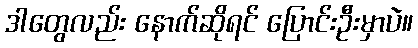
ဒါတွေလည်း နောက်ဆိုရင် ပြောင်းဦးမှာပဲ။